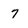
Character: 7